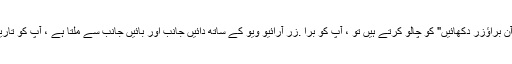
- اگر آپ "اسکرین ایج پر کمانڈر ماؤس آن براؤزر دکھائیں" کو چالو کرتے ہیں تو ، آپ کو برا .زر آرائیو ویو کے ساتھ دائیں جانب اور بائیں جانب سے ملتا ہے ، آپ کو تاریخ کے نظارے میں براؤزر مل جاتا ہے۔